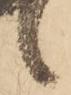
候